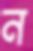
ন